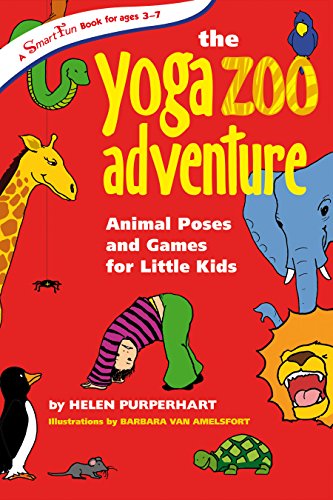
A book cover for The Yoga Zoo Adventure: Animal Poses and Games for Little Kids (SmartFun Activity Books); Helen Purperhart; Health, Fitness & Dieting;